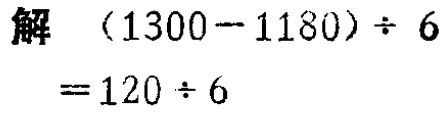
解 \((1300 - 1180)\div 6 = 120\div 6\)